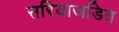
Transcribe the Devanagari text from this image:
सरियाजडित